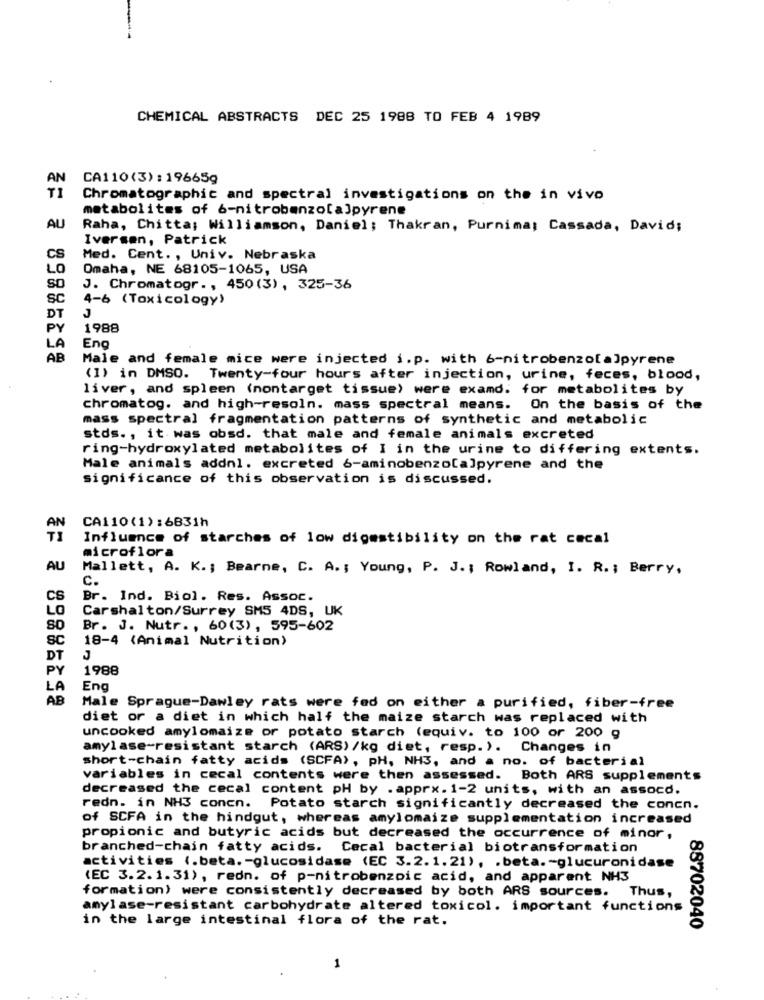
CHEMICAL ABSTRACTS DEC 25 1988 TO FEB 4 1989
AN
CA110(3) : 196659
T1
Chromatographic and spectral investigations on the in vivo
metabolites of 6-nitrobenzol a]pyren
AU
Raha, Chitta; Williamson, Daniel; Thakran, Purnima; Cassada, David;
Iversen, Patrick
CS
Med. Cent ., Univ. Nebraska
LO
Omaha, NE 68105-1065, USA
SO
J. Chromatogr ., 450(3), 325-36
sc
4-6 (Toxicology)
DT
PY
1988
LA
Eng
AB
Male and female mice were injected i.p. with 6-nitrobenzo[a]pyrene
(1) in DMSO. Twenty-four hours after injection, urine, feces, blood,
liver, and spleen (nontarget tissue) were examd. for metabolites by
chromatog. and high-resoln. mass spectral means. On the basis of the
mass spectral fragmentation patterns of synthetic and metabolic
stds ., it was obsd. that male and female animals excreted
ring-hydroxylated metabolites of I in the urine to differing extents.
Male animals addnl. excreted 6-aminobenzo[a]pyrene and the
significance of this observation is discussed.
CA110(1):6831h
AN
TI
Influence of starches of low digestibility on the rat cecal
microflora
AU
Mallett, A. K .; Bearne, C. A .; Young, P. J. ; Rowland, I. R. ; Berry,
c.
CS
Br. Ind. Biol. Res. Assoc.
LO
Carshalton/Surrey SMS 4DS, UK
Br. J. Nutr ., 60(3), 595-602
SC
18-4 (Animal Nutrition)
DT
J
PY
1988
LA
Eng
AB
Male Sprague-Dawley rats were fed on either a purified, fiber-free
diet or a diet in which half the maize starch was replaced with
uncooked amylomaize or potato starch (equiv. to 100 or 200 g
amylase-resistant starch (ARS) /kg diet, resp. ). Changes in
short-chain fatty acids (SCFA), PH, NH3, and a no. of bacterial
variables in cecal contents were then assessed. Both ARS supplements
decreased the cecal content pH by . apprx. 1-2 units, with an assocd.
redn. in NH3 concn. Potato starch significantly decreased the concn.
of SCFA in the hindgut, whereas amylomaize supplementation increased
propionic and butyric acids but decreased the occurrence of minor,
branched-chain fatty acids. Cecal bacterial biotransformation
activities (.beta. - glucosidase (EC 3.2.1.21), . beta. - glucuronidase
(EC 3.2.1.31), redn. of p-nitrobenzoic acid, and apparent NH3
formation) were consistently decreased by both ARS sources.
Thus,
amylase-resistant carbohydrate altered toxicol. important functions
in the large intestinal flora of the rat.
88702040
1